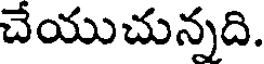
చేయుచున్నది.